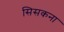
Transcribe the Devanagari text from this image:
सिसकना